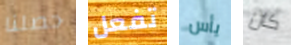
حصلنا تفعل يأس كان